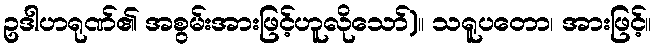
ဥဒါဟရုဏ်၏ အစွမ်းအားဖြင့်ဟူလိုသော်)။ သရူပတော၊ အားဖြင့်။